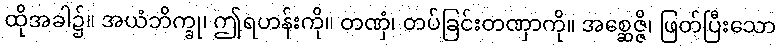
ထိုအခါ၌။ အယံဘိက္ခု၊ ဤရဟန်းကို။ တဏှံ၊ တပ်ခြင်းတဏှာကို။ အစ္ဆေဇ္ဇိ၊ ဖြတ်ပြီးသော